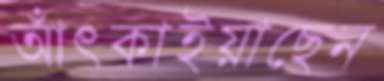
আঁৎকাইয়াছেন